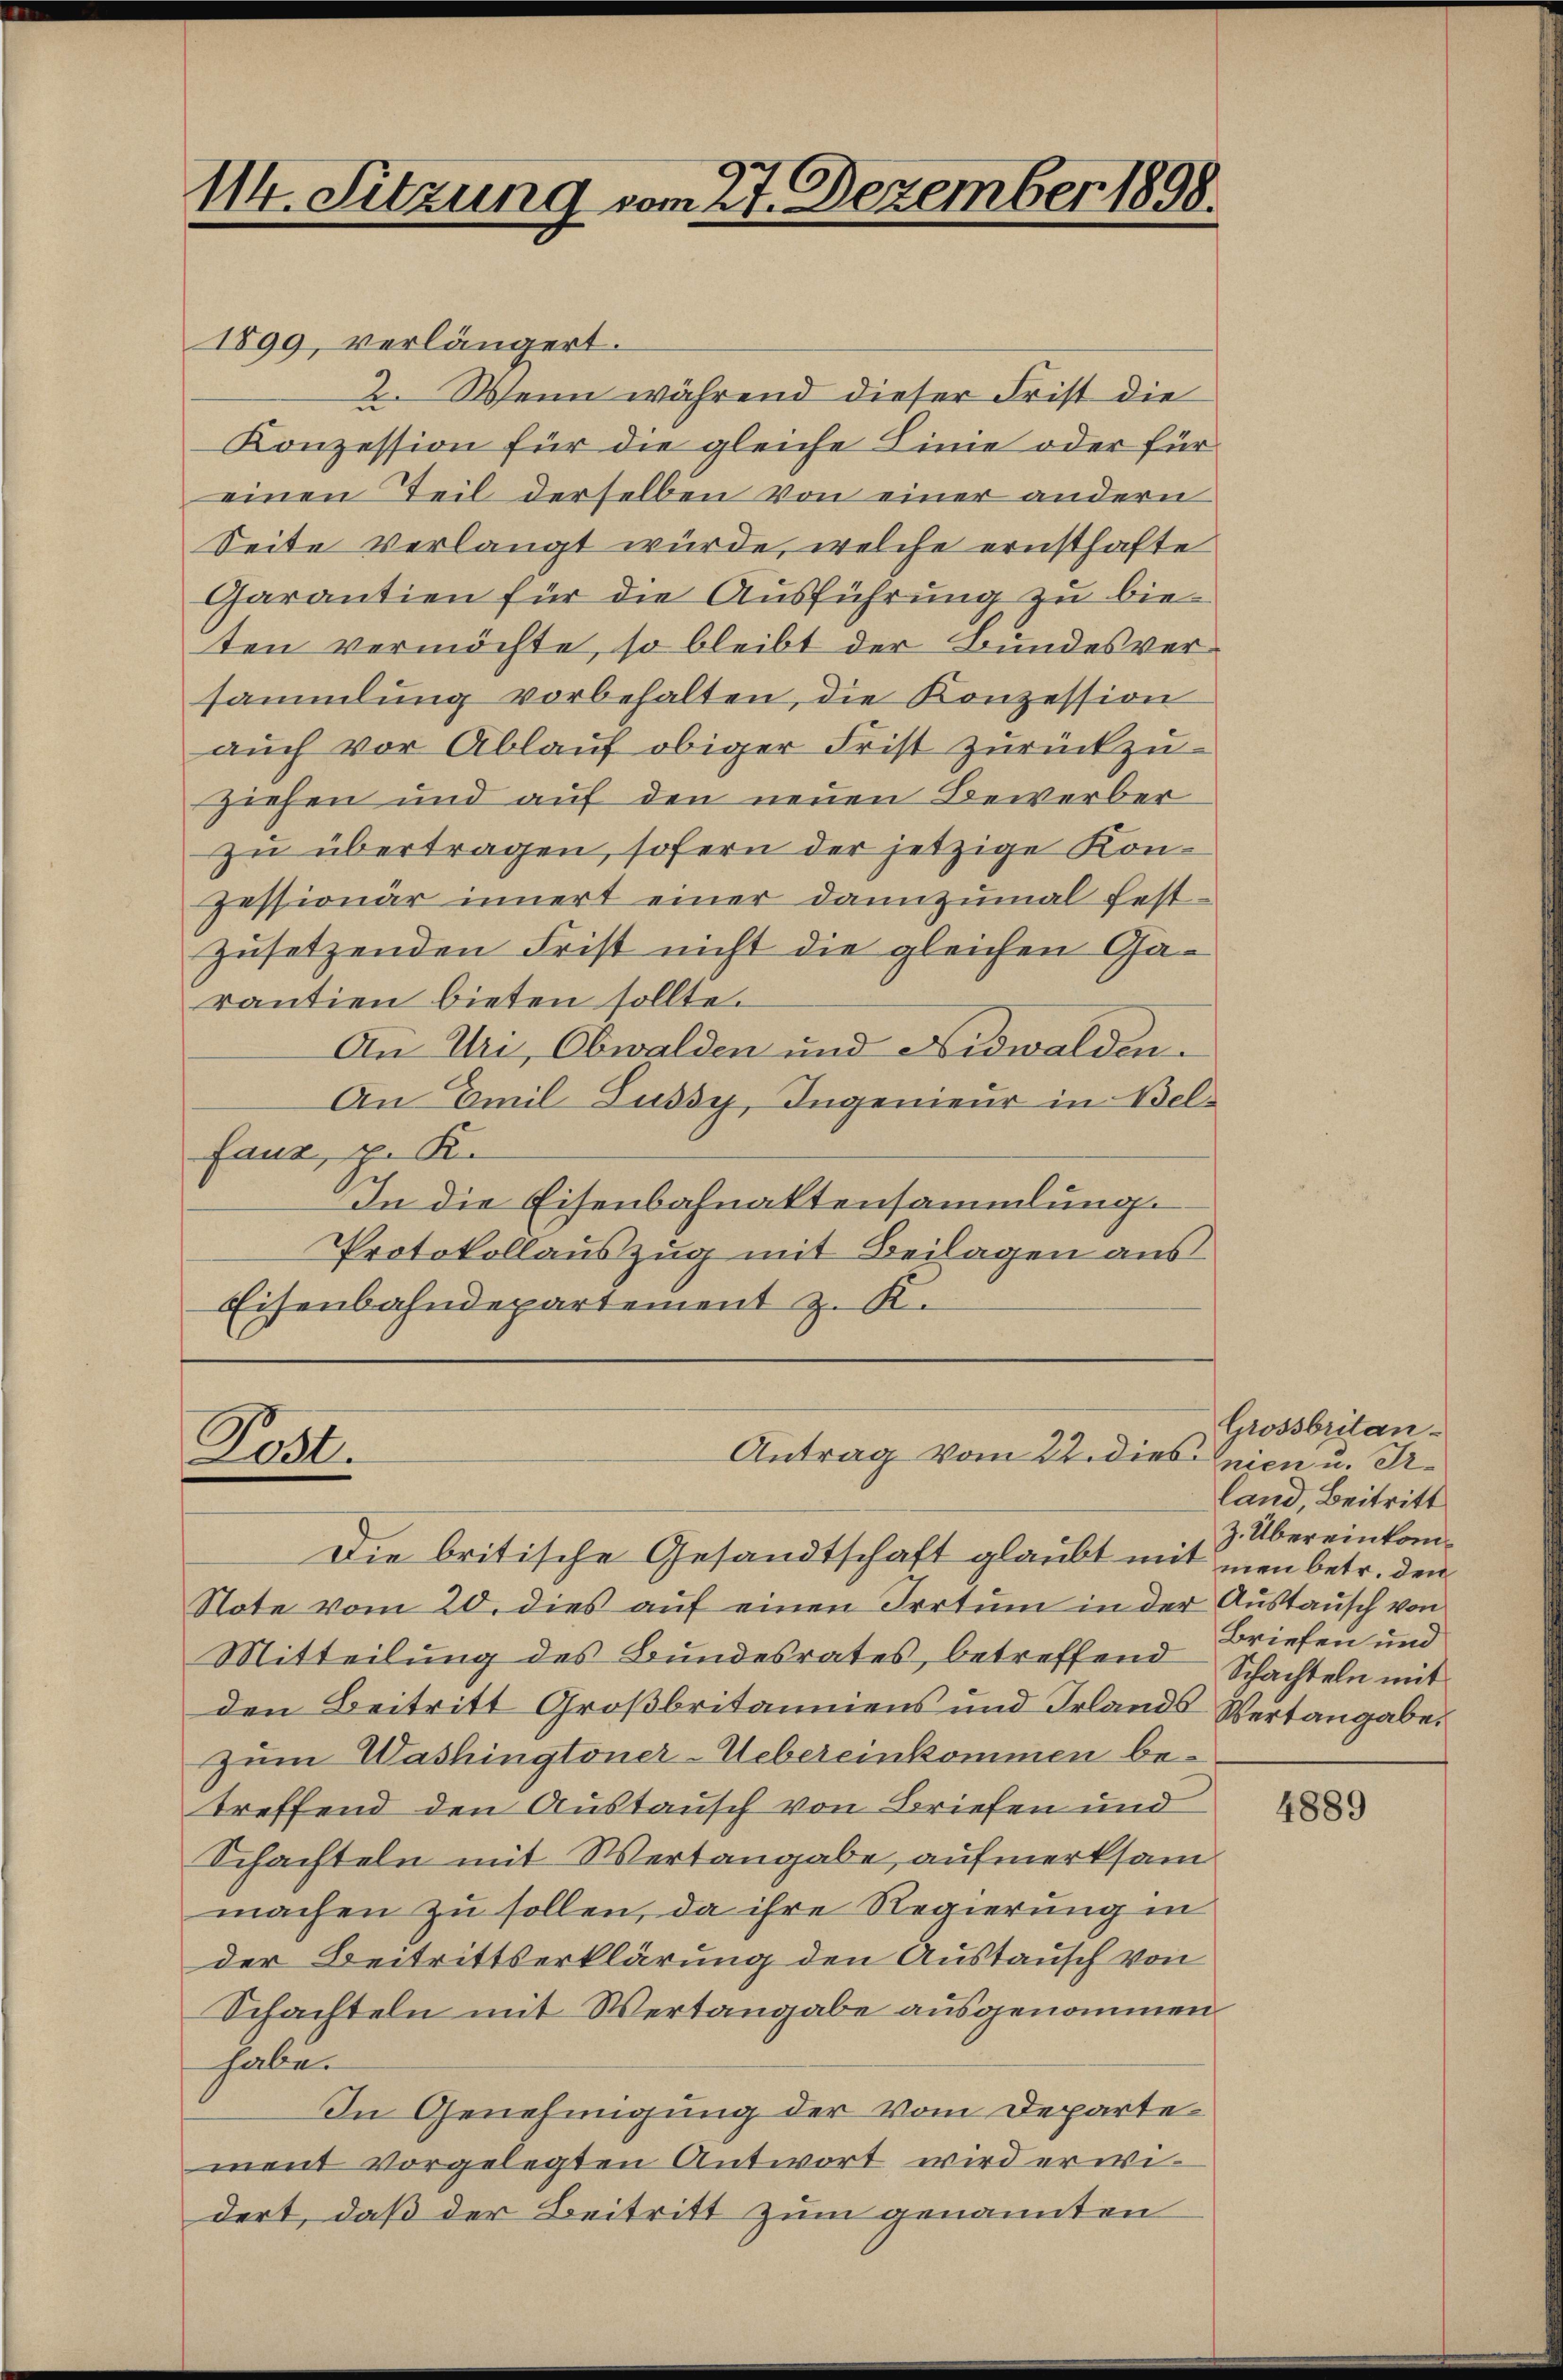
114. Sitzung vom 27. Dezember 1898.

Post.

1899, verlängert.
2. Wenn während dieser Frist die
Konzession für die gleiche Linie oder für
einen Teil derselben von einer andern
Seite verlangt würde, welche ernsthafte
Garantien für die Ausführung zu bieten vermöchte, so bleibt der Bundesversammlung vorbehalten, die Konzession
aŭch vor Ablauf obiger Frist zurückzu-
ziehen und auf den neuen Bewerber
zu übertragen, sofern der jetzige Konpessionär innert einer dannzumal fest-
zusetzenden Frist nicht die gleichen Garantien bieten sollte.
An Uri, Obwalden und Nidwalden.
An Emil Jussy, Ingenieur in Belfaus, z. K.
In die Eisenbahnaktensammlung.
Protokollauszug mit Beilagen aus
Eisenbahndepartement z. K.

Die britische Gesandtschaft glaubt mit men betr. den
Note vom 20. dies auf einen Irrtum in der Austausch von
Mitteilung des Bundesrates, betreffend Schachteln mit
den Beitritt Großbritanniens und Irlands Wertangabe.
Zum Washingtoner-Uebereinkommen betreffend den Austausch von Briefen und
Schachteln mit Wertangabe, aufmerksam
machen zu sollen, da ihre Regierung in
der Beitrittserklärung den Austausch von
Schachteln mit Wertangabe ausgenommen
habe.
In Genehmigung der vom Departement vorgelegten Antwort wird erwidert, daß der Beitritt zum genannten

Antrag vom 22. dies Grien u. Dr.

Grossbritanland, Beitritt
Z. Übereinkom¬
Briefen und

4889